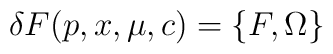
\delta F(p,x,\mu,c) = \{ F,\Omega\}